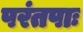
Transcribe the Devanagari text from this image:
परंतपाः